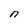
Character: n